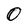
Character: O